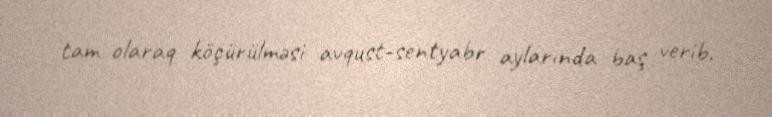
tam olaraq köçürülməsi avqust-sentyabr aylarında baş verib.